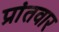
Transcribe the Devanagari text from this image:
प्रांतवार